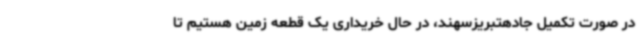
در صورت تکمیل جادهتبریزسهند، در حال خریداری یک قطعه زمین هستیم تا